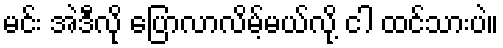
မင်း အဲဒီလို ပြောလာလိမ့်မယ်လို့ ငါ ထင်သားပဲ။